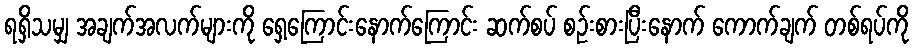
ရရှိသမျှ အချက်အလက်များကို ရှေ့ကြောင်းနောက်ကြောင်း ဆက်စပ် စဉ်းစားပြီးနောက် ကောက်ချက် တစ်ရပ်ကို